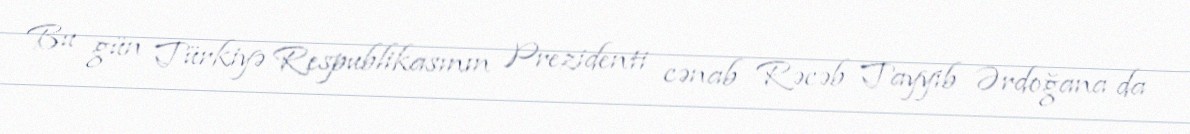
Bu gün Türkiyə Respublikasının Prezidenti cənab Rəcəb Tayyib Ərdoğana da